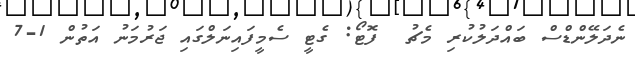
ނެދަލޭންޑްސް ބައްދަލުކުރި މެޗު  ފޮޓޯ: ގެޓީ ސެމީފައިނަލްގައި ޖަރުމަނު އަތުން 1-7